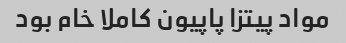
مواد پیتزا پاپیون کاملا خام بود